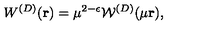
W ^ { ( { D } ) } ( { \bf r } ) = \mu ^ { 2 - \epsilon } { \mathcal W } ^ { ( { D } ) } ( \mu { \bf r } ) ,